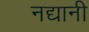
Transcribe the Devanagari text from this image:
नद्यानी